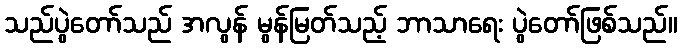
သည်ပွဲတော်သည် အလွန် မွန်မြတ်သည့် ဘာသာရေး ပွဲတော်ဖြစ်သည်။